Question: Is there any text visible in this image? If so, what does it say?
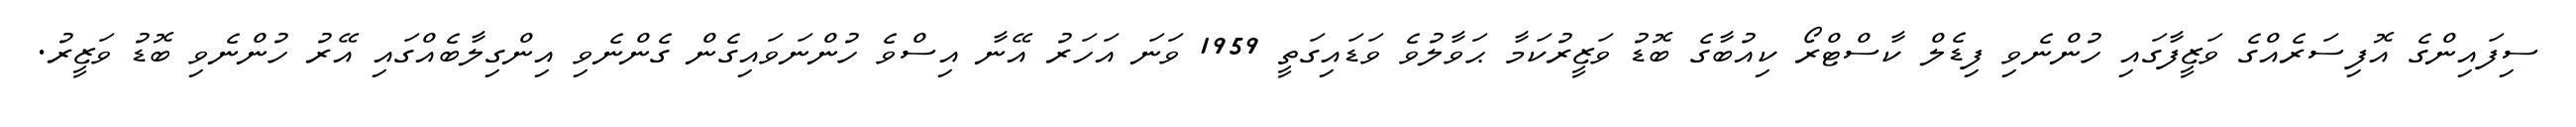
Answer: ސިފައިންގެ އޮފިސަރެއްގެ ވަޒީފާގައި ހުންނެވި ފިޑެލް ކާސްޓްރޯ ކިއުބާގެ ބޮޑު ވަޒީރުކަމާ ޙަވާލުވެ ވަޑައިގަތީ 1959 ވަނަ އަހަރު އޭނާ އިސްވެ ހުންނަވައިގެން ގެންނެވި އިންގިލާބެއްގައި އޭރު ހުންނެވި ބޮޑު ވަޒީރު.